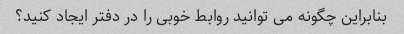
بنابراین چگونه می توانید روابط خوبی را در دفتر ایجاد کنید؟